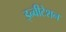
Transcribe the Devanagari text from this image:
इन्वीटेशन